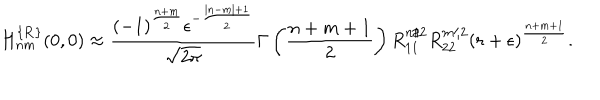
H _ { n m } ^ { \{ { \bf R } \} } ( 0 , 0 ) \approx \frac { ( - 1 ) ^ { \frac { n + m } 2 } \epsilon ^ { - \frac { | n - m | + 1 } 2 } } { \sqrt { 2 \pi } } \Gamma \left( \frac { n + m + 1 } 2 \right) R _ { 1 1 } ^ { n / 2 } R _ { 2 2 } ^ { m / 2 } \left( r + \epsilon \right) ^ { \frac { n + m + 1 } 2 } .